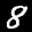
Label: 8